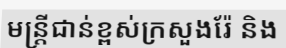
មន្ត្រីជាន់ខ្ពស់ក្រសួងរ៉ែ និង